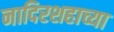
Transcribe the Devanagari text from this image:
नादिरशहाच्या